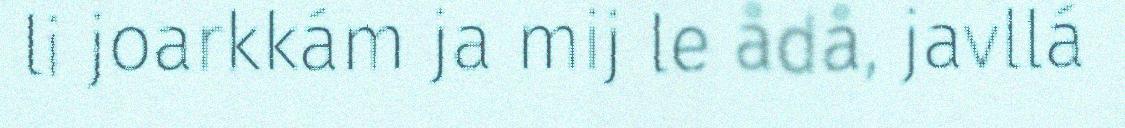
li joarkkám ja mij le ådå, javllá